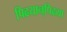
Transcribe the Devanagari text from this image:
पिढयान्‌पिढया